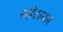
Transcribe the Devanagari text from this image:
सहेटस्थल